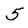
Character: 5